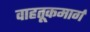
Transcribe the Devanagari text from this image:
वाहतूकमार्ग